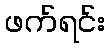
ဖက်ရင်း